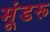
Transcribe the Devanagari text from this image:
मूंडरू